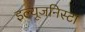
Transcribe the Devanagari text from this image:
इल्‍यूजनिस्‍टा